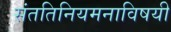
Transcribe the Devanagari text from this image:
संततिनियमनाविषयी